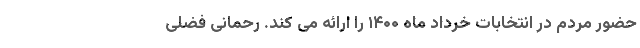
حضور مردم در انتخابات خرداد ماه ۱۴۰۰ را ارائه می کند. رحمانی فضلی